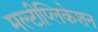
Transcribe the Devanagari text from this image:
मल्टीप्लिकेशन